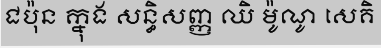
ជប៉ុន ក្នុង សន្ធិសញ្ញ ឈិ ម៉ូណូ សេគិ